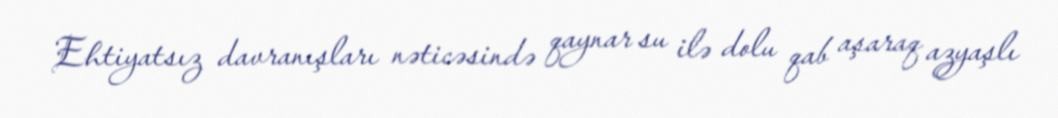
Ehtiyatsız davranışları nəticəsində qaynar su ilə dolu qab aşaraq azyaşlı